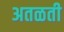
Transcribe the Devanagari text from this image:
अतळती